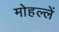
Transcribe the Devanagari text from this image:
मोहल्लें